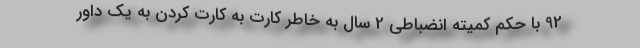
92 با حکم کمیته انضباطی 2 سال به خاطر کارت به کارت کردن به یک داور